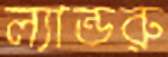
ল্যান্ডরু